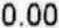
0.00